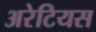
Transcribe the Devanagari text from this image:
अरेटियस